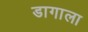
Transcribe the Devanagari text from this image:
डागाला